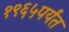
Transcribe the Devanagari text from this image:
१९६५पर्यंत